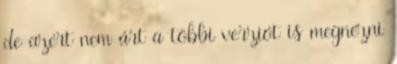
de azért nem árt a többi verziót is megnézni